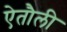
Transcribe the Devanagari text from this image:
ऐतौली